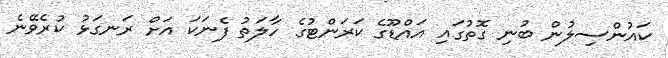
ކައުންސިލުން ބުނި ގޮތުގައި އައްޑޫގެ ކަރަންޓުގެ ހާލަތު ފެނަކަ އަށް ރަނގަޅު ކުރެވޭނެ